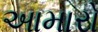
આમારો